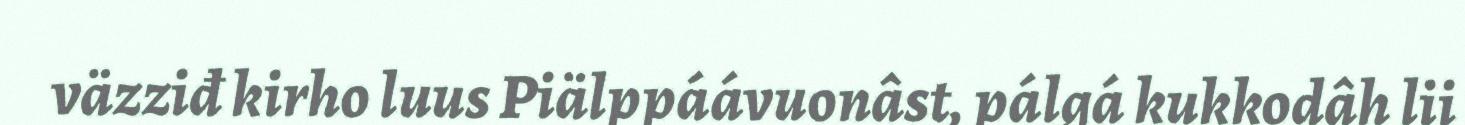
väzziđ kirho luus Piälppáávuonâst, pálgá kukkodâh lii